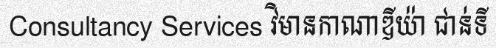
Consultancy Services វិមានកាណាឌីយ៉ា ជាន់ទី